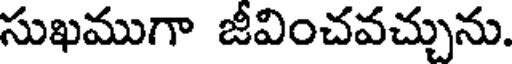
సుఖముగా జీవించవచ్చును.